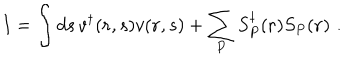
I = \int d s \, v ^ { \dagger } ( { \bf r } , s ) v ( { \bf r } , s ) + \sum _ { P } S _ { P } ^ { \dagger } ( { \bf r } ) S _ { P } ( { \bf r } ) \, \, .